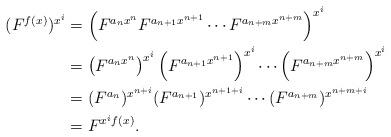
LaTeX: \begin{align*}(F^{f(x)})^{x^i}&=\left(F^{a_n x^n} F^{a_{n+1}x^{n+1}}\cdots F^{a_{n+m}x^{n+m}}\right)^{x^i}\\&=\left(F^{a_n x^n}\right)^{x^i} \left(F^{a_{n+1} x^{n+1}}\right)^{x^i}\cdots \left(F^{a_{n+m} x^{n+m}}\right)^{x^i}\\&=(F^{a_n})^{x^{n+i}} (F^{a_{n+1}})^{x^{n+1+i}}\cdots (F^{a_{n+m}})^{x^{n+m+i}}\\&=F^{x^i f(x)}.\end{align*}